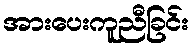
အားပေးကူညီခြင်း